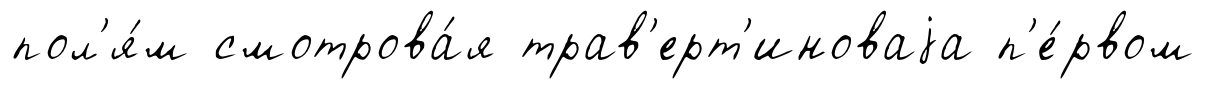
пол'я́м смотрова́я трав'ерт'иноваjа п'е́рвом